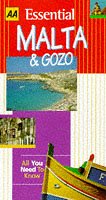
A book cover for Essential Malta and Gozo (AA Essential); Carole Chester; Travel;